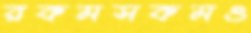
রকমসকমও